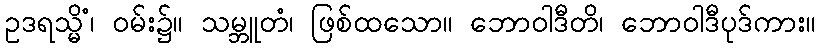
ဥဒရသ္မိံ၊ ဝမ်း၌။ သမ္ဘူတံ၊ ဖြစ်ထသော။ ဘောဝါဒီတိ၊ ဘောဝါဒီပုဒ်ကား။